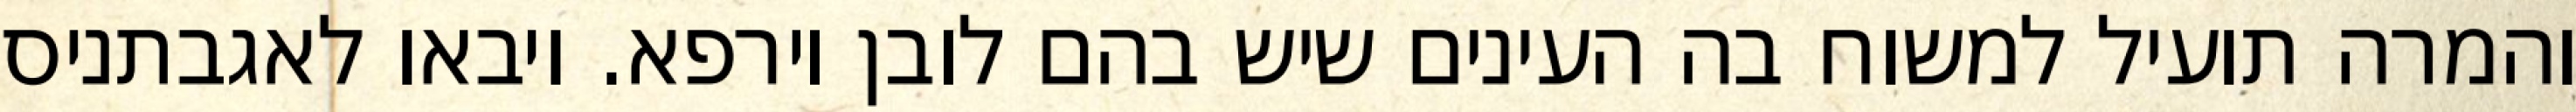
והמרה תועיל למשוח בה העינים שיש בהם לובן וירפא. ויבאו לאגבתניס